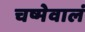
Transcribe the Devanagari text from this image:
चष्मेवालं